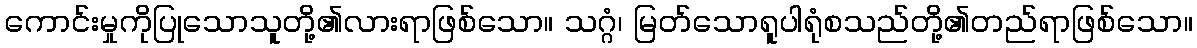
ကောင်းမှုကိုပြုသောသူတို့၏လားရာဖြစ်သော။ သဂ္ဂံ၊ မြတ်သောရူပါရုံစသည်တို့၏တည်ရာဖြစ်သော။